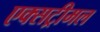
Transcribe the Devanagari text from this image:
एक्सट्रीमल